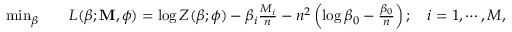
\begin{array} { r l } { \operatorname* { m i n } _ { \boldsymbol { \beta } } } & { \quad L ( \boldsymbol { \beta } ; \mathbf { M } , \boldsymbol { \phi } ) = \log Z ( \boldsymbol { \beta } ; \boldsymbol { \phi } ) - \beta _ { i } \frac { M _ { i } } { n } - n ^ { 2 } \left( \log \beta _ { 0 } - \frac { \beta _ { 0 } } { n } \right) ; \quad i = 1 , \cdots , M , } \end{array}